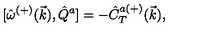
{ [ } \hat { \omega } ^ { ( + ) } ( \vec { k } ) , \hat { Q } ^ { a } ] = - \hat { C } _ { T } ^ { a ( + ) } ( \vec { k } ) ,